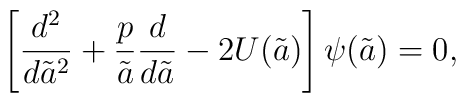
\left [ {d^2\over d{\tilde a}^2} + {p\over \tilde a}{d\over d\tilde a}- 2U(\tilde a)\right]\psi (\tilde a) = 0,